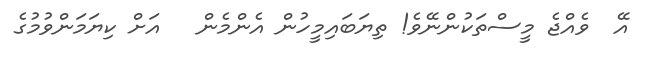
އޭ  ވެއްޖެ މީސްތަކުންނޭވެ! ތިޔަބައިމީހުން އެންމެން   އަށް ކިޔަމަންވުމުގެ